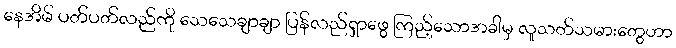
နေအိမ် ပတ်ပတ်လည်ကို သေသေချာချာ ပြန်လည်ရှာဖွေ ကြည့်သောအခါမှ လူသတ်သမားတွေဟာ